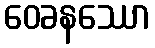
ဝေခနဿော